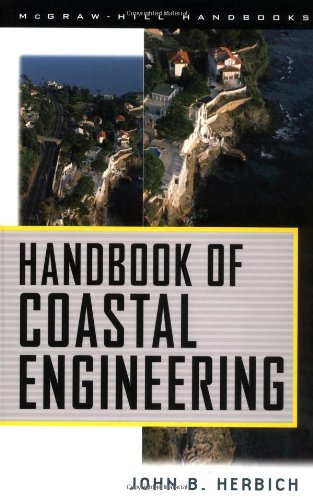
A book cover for Handbook of Coastal Engineering; John B. Herbich; Engineering & Transportation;